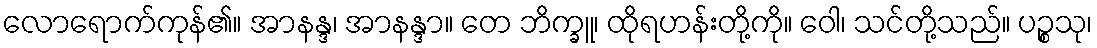
လောရောက်ကုန်၏။ အာနန္ဒ၊ အာနန္ဒာ။ တေ ဘိက္ခူ၊ ထိုရဟန်းတို့ကို။ ဝေါ၊ သင်တို့သည်။ ပဉ္စသု၊